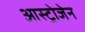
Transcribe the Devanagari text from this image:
आस्ट्रोजेन